system: You are a helpful assistant.
user:
Analyze the provided spectrum to determine if it is a **Carbon Star (C-type)**.

- **Key Visual Indicators of Carbon Star:**
    - **(Primary):** Strong molecular absorption from **C₂ (diatomic carbon) "Swan Bands."** This is the **defining feature** of a carbon star.
        - **(Key Bandheads):** Sharp absorption edges are visible at approximately $5635$ Å, $5165$ Å (the strongest band), and $4737$ Å.
        - **(Line Profile):** Creates a distinct **"saw-tooth"** pattern. The key morphology is a sharp, steep bandhead on the **red (long-wavelength) side**, which then gradually tapers off (i.e., flux recovers) towards the **blue (short-wavelength) side**. *(This is the direct opposite of the TiO bands seen in M-type stars)*.

    - **(Secondary):** Intense **CN (cyanogen)** molecular absorption bands.
        - **(Key Bandheads):** Located in the blue and violet regions of the spectrum (e.g., near $4215$ Å and $3883$ Å).
        - **(Morphology):** These bands are extremely broad and act as a "blanket," absorbing the vast majority of blue and violet light. This creates a characteristic **"cliff"** or **"steep drop-off"** in the spectrum's flux at short wavelengths.

    - **(Key Confirmation):** Strong **CH absorption band (G-band)**.
        - **(Key Bandhead):** Located around $4300$ Å. The contribution from CH molecules to this band is exceptionally strong.

    - **(Overall Spectrum):**
        - The continuum is severely "chopped up" by these deep molecular bands, especially C₂, rather than appearing as a smooth curve.
        - Due to the heavy CN and C₂ absorption in the blue-green, the vast majority of the star's flux is concentrated in the red part of the spectrum, giving the star its characteristic deep red color.

Think first, call **spectral_visualization_tool** if needed to examine features in detail, then provide your final answer. Your response must adhere to the following strict rules:
1.  **Overall Structure:** Your response must follow the format `<think>...</think> <tool_call>...</tool_call> (if a tool is used) <answer>...</answer>`.
2.  **Tool Usage Constraint:** You may only make **one** tool call per turn.
3.  **Final Answer Format:** In the `<answer>` tag, your conclusion must be inside a `\boxed{}` command (e.g., `\boxed{YES}`), followed by your justification.

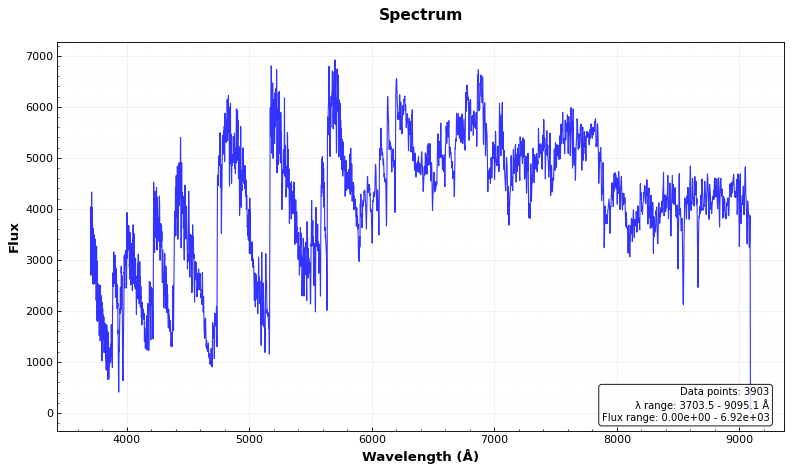
Answer: YES